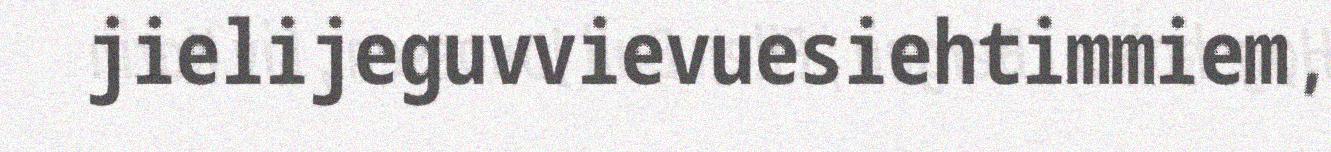
jielijeguvvievuesiehtimmiem,